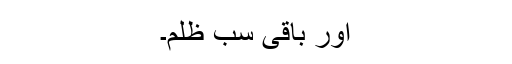
اور باقی سب ظلم۔